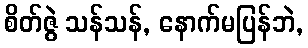
စိတ်ဇွဲ သန်သန်, နောက်မပြန်ဘဲ,